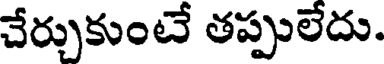
చేర్చుకుంటే తప్పులేదు.